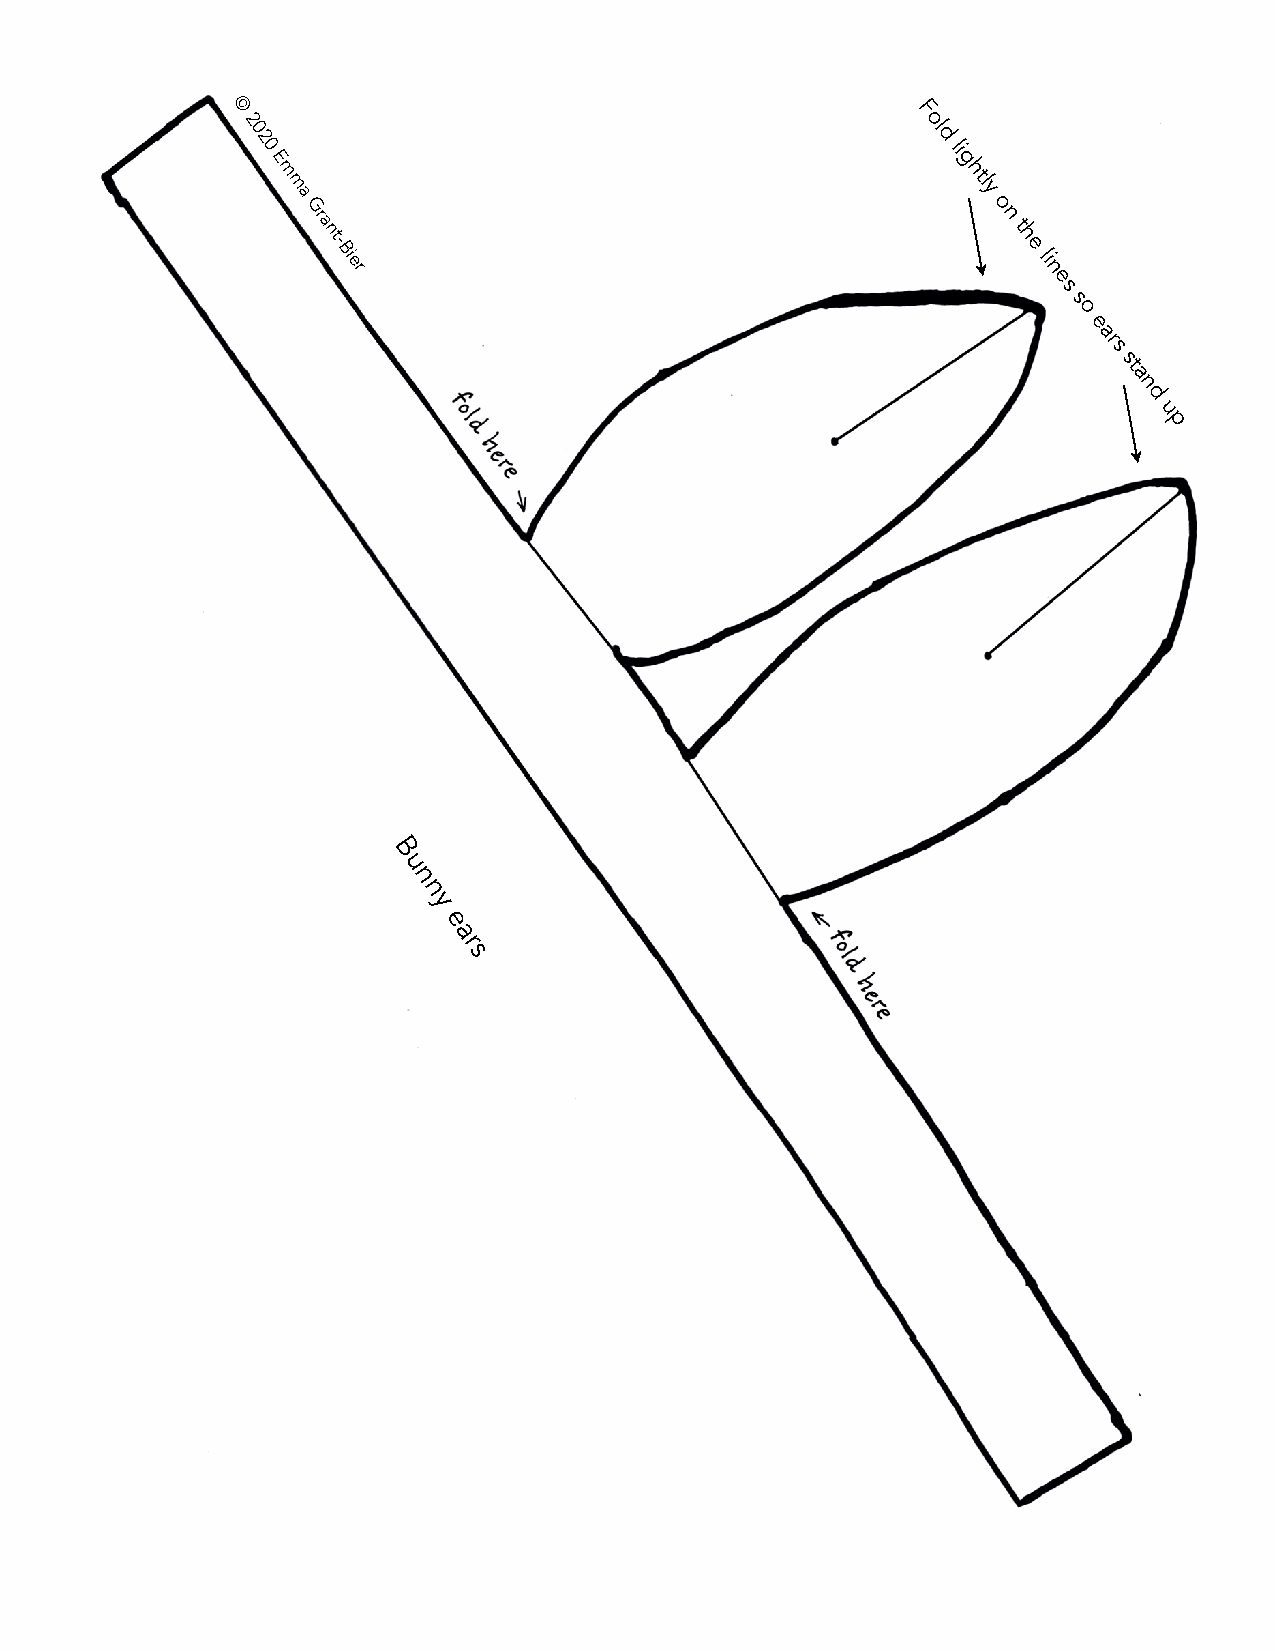
©                                            F
 2
 0 2 0
 ol
 d li
 E                                            g
 m
 m a
 htl
 y
 Gr
 a
 o n
 t
 nt-
 Bi
 er
 h
 e
 li
 n
 e
 s
 s
 o
 e
 ar
 s
 st
 a
 n
 d
 u
 p
 B
 u
 n
 n
 y
 e
 a
 r
 s